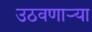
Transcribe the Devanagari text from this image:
उठवणाऱ्या